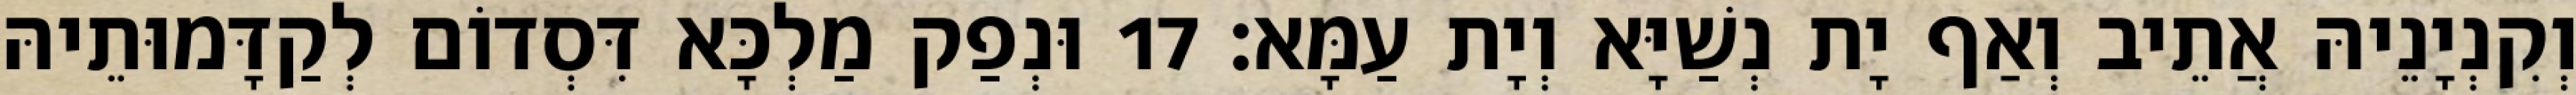
וְקִנְיָנֵיהּ אֲתֵיב וְאַף יָת נְשַׁיָּא וְיָת עַמָּא׃ 17 וּנְפַק מַלְכָּא דִּסְדוֹם לְקַדָּמוּתֵיהּ